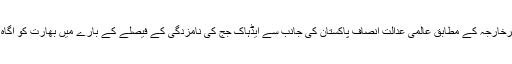
ترجمان دفترخارجہ کے مطابق عالمی عدالت انصاف پاکستان کی جانب سے ایڈہاک جج کی نامزدگی کے فیصلے کے بارے میں بھارت کو آگاہ کرے گی ۔